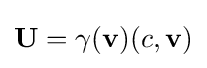
{\boldsymbol {\mathbf {U} }}=\gamma (\mathbf {v} )(c,\mathbf {v} )